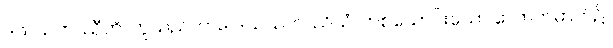
ဒသသဟဿီတိ၊ ဟူသည်ကား။ ဒသသဟဿိယံ၊ တစ်သောင်းသော လောကဓာတ်၌။